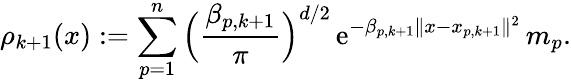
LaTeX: \rho_{k+1}(x):=\sum_{p=1}^{n}\Big(\frac{\beta_{p,k+1}}{\pi}\Big)^{d/2}\, \mathrm{e}^{-\beta_{p,k+1}\| x-x_{p,k+1}\| ^{2}}\, m_{p}.